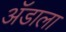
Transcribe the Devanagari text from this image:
ॲडाला